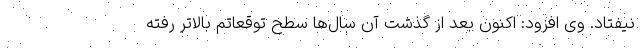
نیفتاد. وی افزود: اکنون بعد از گذشت آن سال‌ها سطح توقعاتم بالاتر رفته